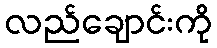
လည်ချောင်းကို